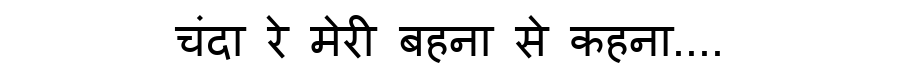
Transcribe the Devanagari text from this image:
चंदा रे मेरी बहना से कहना....